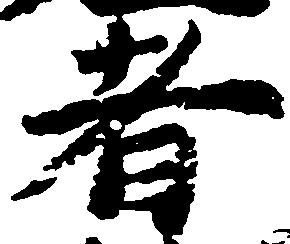
者